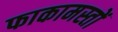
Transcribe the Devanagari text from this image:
फाकामस्तों